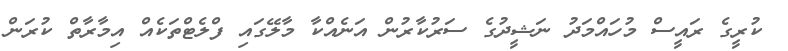
ކުރީގެ ރައީސް މުހައްމަދު ނަޝީދުގެ ސަރުކާރުން އަނެއްކާ މާލޭގައި ފްލެޓްތަކެއް އިމާރާތް ކުރަން